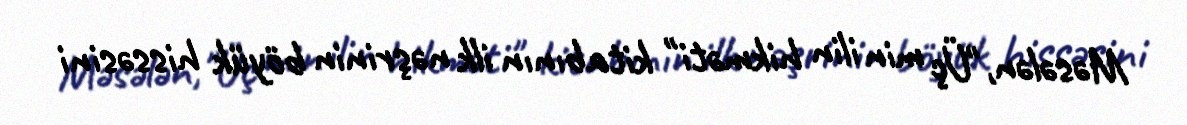
Məsələn,"Üç min ilin hikməti" kitabının ilk nəşrinin böyük hissəsini